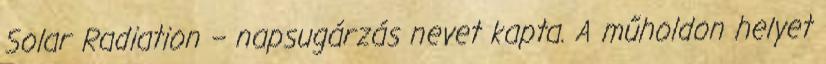
Solar Radiation – napsugárzás nevet kapta. A műholdon helyet